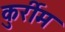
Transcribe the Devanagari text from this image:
कुर्रीम